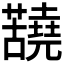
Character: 𫊐